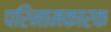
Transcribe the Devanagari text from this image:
परिनामकारक